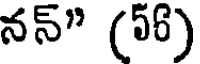
నన్" (56)